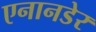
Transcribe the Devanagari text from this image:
एनानडेर